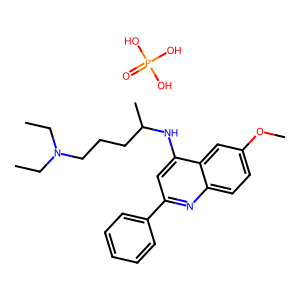
SMILES: CCN(CC)CCCC(C)Nc1cc(-c2ccccc2)nc2ccc(OC)cc12.O=P(O)(O)O
Inhibits HIV replication: No